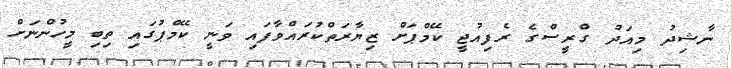
ނާޝިދު މިއަދު ގްރީސްގެ ރެފިއުޖީ ކޭމްޕަށް ޒިޔާރަތްކުރައްވާފައި ވަނީ ކޭމްޕުގައި ތިބި މީހުންނަށް